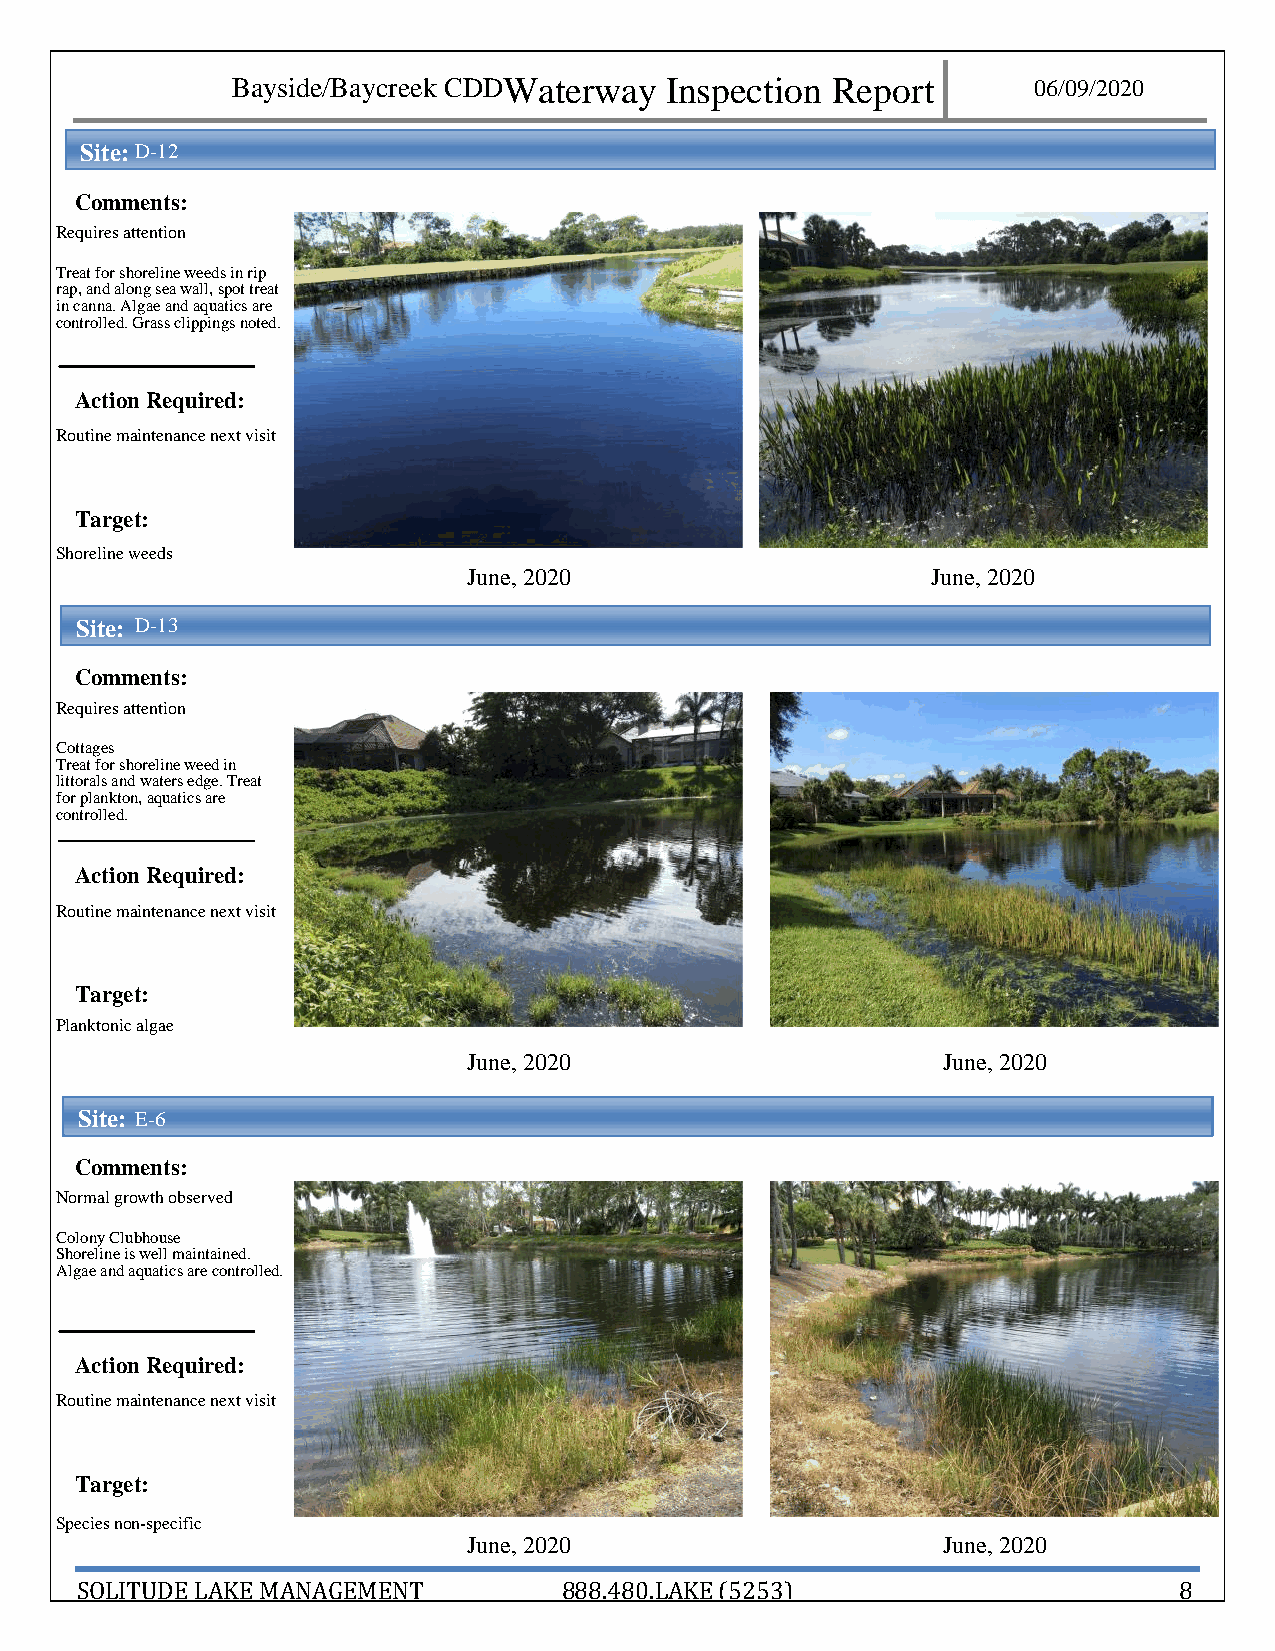
Bayside/Baycreek CDDWaterway Inspection Report       06/0 9/2020
 Site: D - 1 2
 Comments:
 Requires attention
 Treat for shoreline weeds in rip
 rap, and along sea wall, spot treat
 in canna. Algae and aquatics are
 con trolled. Grass clippings noted.
 Action Required:
 Ro utine maintenance next visit
 Target:
 Sho reline weeds
 June, 2020                     June, 2020
 Site: D - 13
 Comments:
 Requires attention
 Co ttages
 Treat for shoreline weed in
 littorals and waters edge. Treat
 for plankton, aquatics are
 controlled.
 Action Required:
 Ro utine maintenance next visit
 Target:
 Pla nktonic algae
 June, 2020                     June, 2020
 Site: E- 6
 Comments:
 Normal growth observed
 Colony Clubhouse
 Shoreline is well maintained.
 Algae and aquatics are controlled.
 Action Required:
 Ro utine maintenance next visit
 Target:
 Spe cies non-specific
 June, 2020                     June, 2020
 SOLITUDE LAKE MANAGEMENT        888.480.LAKE (5253)                      8